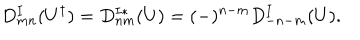
D _ { m n } ^ { I } ( U ^ { \dagger } ) = D _ { n m } ^ { I * } ( U ) = ( - ) ^ { n - m } D _ { - n - m } ^ { I } ( U ) .